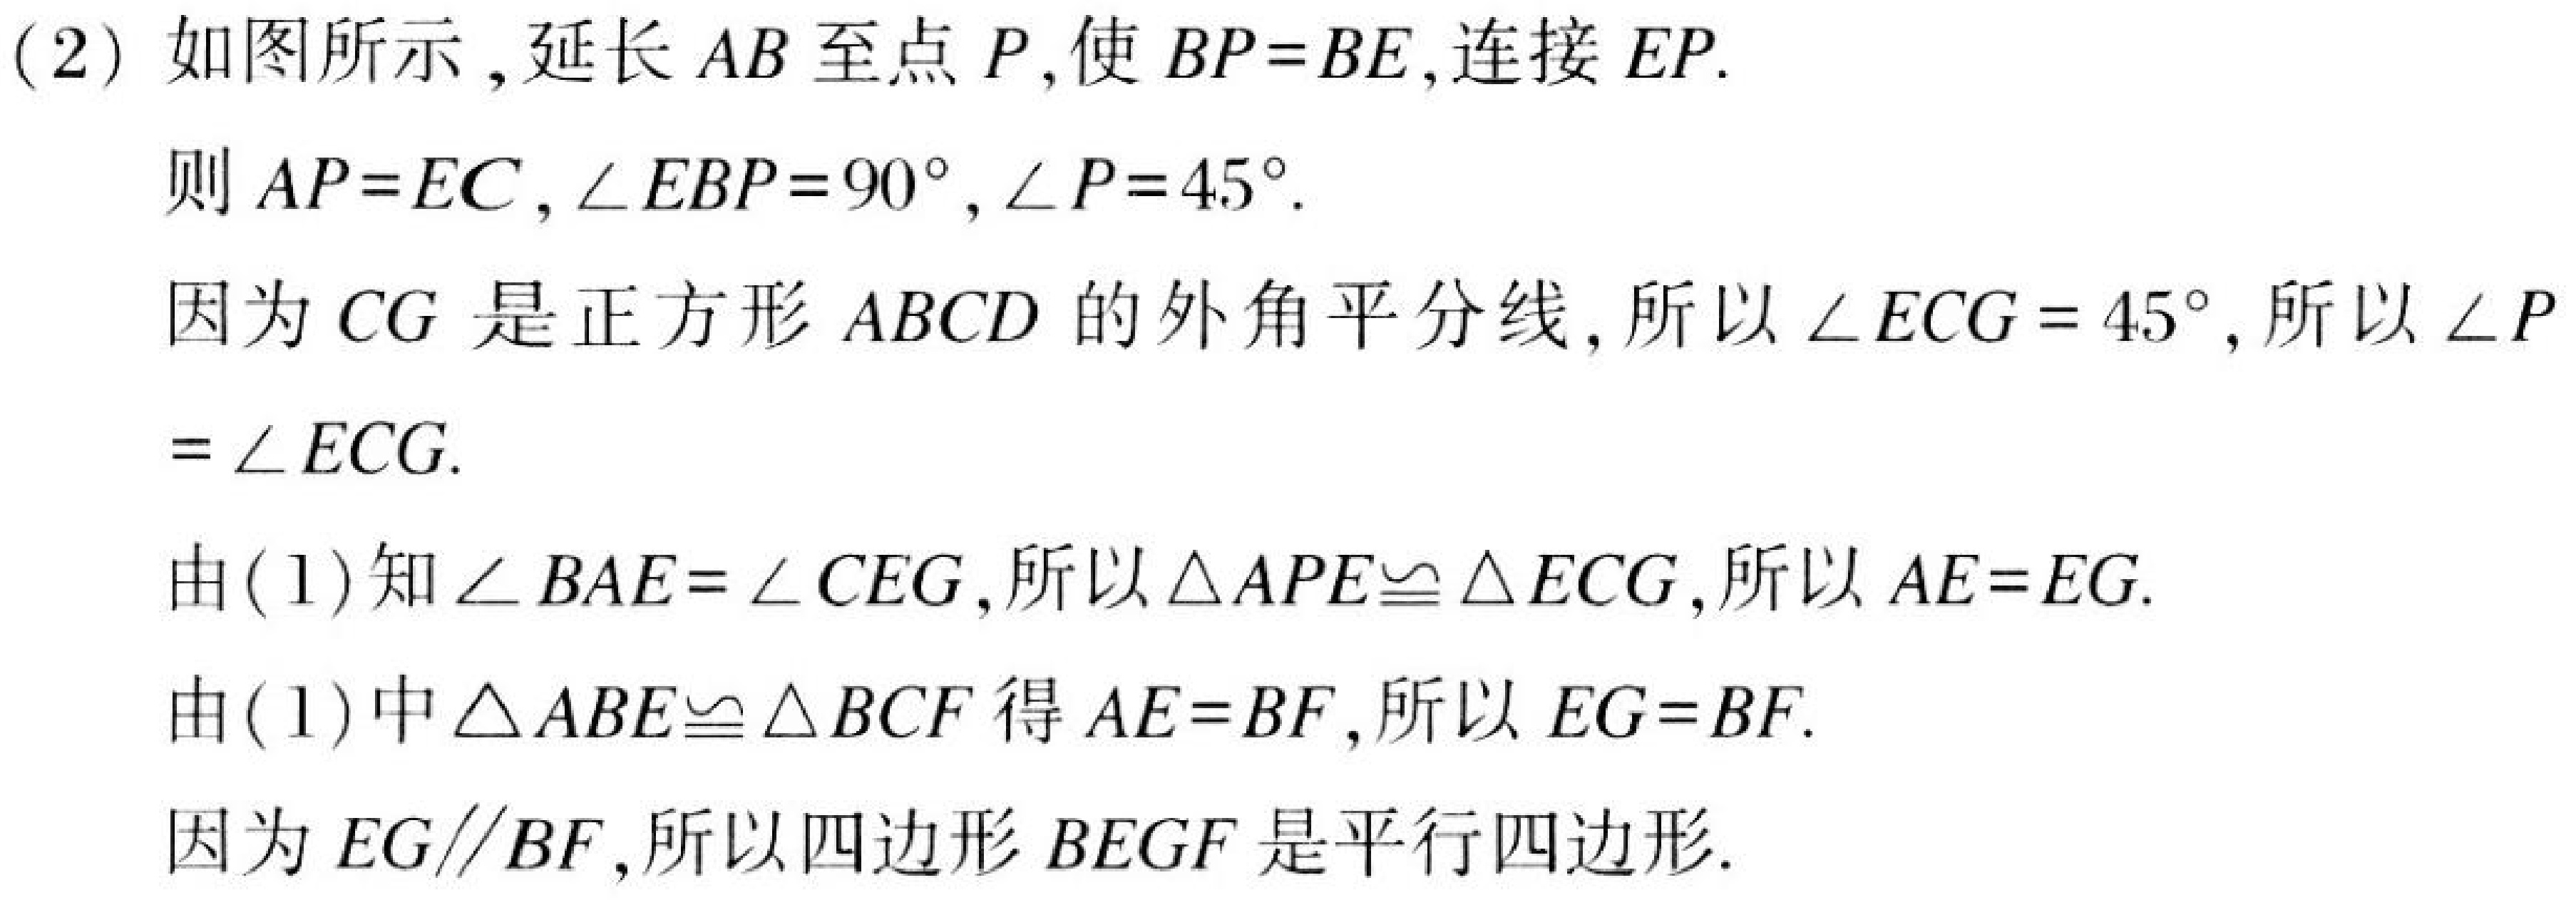
(2) 如图所示,延长\(AB\)至点\(P\),使\(BP = BE\),连接\(EP\).
则\(AP = EC\),\(\angle EBP = 90^{\circ}\),\(\angle P = 45^{\circ}\).
因为\(CG\)是正方形\(ABCD\)的外角平分线,所以\(\angle ECG = 45^{\circ}\),所以\(\angle P\)
\(=\angle ECG\).
由(1)知\(\angle BAE=\angle CEG\),所以\(\triangle APE\cong\triangle ECG\),所以\(AE = EG\).
由(1)中\(\triangle ABE\cong\triangle BCF\)得\(AE = BF\),所以\(EG = BF\).
因为\(EG\parallel BF\),所以四边形\(BEGF\)是平行四边形.